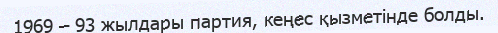
1969 – 93 жылдары партия, кеңес қызметінде болды.